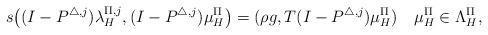
LaTeX: \begin{align*}s\bigl((I-P^{\triangle,j})\lambda_H^{\Pi,j},(I-P^{\triangle,j})\mu_H^\Pi\bigr)=(\rho g,T(I-P^{\triangle,j})\mu_H^\Pi)\quad\mu_H^\Pi\in\Lambda_H^\Pi, \end{align*}